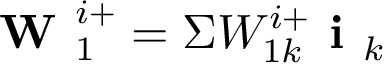
\textbf { W } _ { 1 } ^ { i + } = \Sigma W _ { 1 k } ^ { i + } \textbf { i } _ { k }